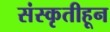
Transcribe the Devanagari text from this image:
संस्‍कृतीहून